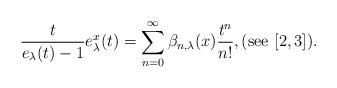
LaTeX: \begin{align*}\frac{t}{e_{\lambda}(t)-1}e_{\lambda}^{x}(t)=\sum_{n=0}^{\infty}\beta_{n,\lambda}(x)\frac{t^{n}}{n!},(\mathrm{see}\ [2,3]). \end{align*}